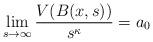
LaTeX: \begin{align*}\lim_{s\rightarrow \infty}\frac{V(B(x, s))}{s^{\kappa}}= a_0 \end{align*}